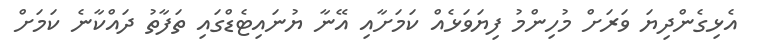
އެޅިގެންދިޔަ ވަރަށް މުހިންމު ފިޔަވަޅެއް ކަމަށާއި އޭނާ ޔުނައިޓެޑްގައި ތަފާތު ދައްކާނެ ކަމަށް